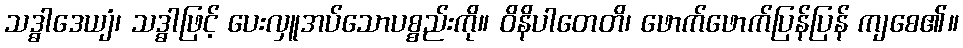
သဒ္ဓါဒေယျံ၊ သဒ္ဓါဖြင့် ပေးလှူအပ်သောပစ္စည်းကို။ ဝိနိပါတေတိ၊ ဖောက်ဖောက်ပြန်ပြန် ကျစေ၏။